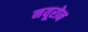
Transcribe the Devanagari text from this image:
नयूरोन